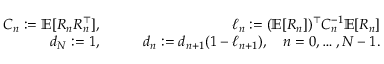
\begin{array} { r l r } { C _ { n } : = \mathbb { E } [ R _ { n } R _ { n } ^ { \top } ] , } & { \quad } & { \ell _ { n } : = ( \mathbb { E } [ R _ { n } ] ) ^ { \top } C _ { n } ^ { - 1 } \mathbb { E } [ R _ { n } ] } \\ { d _ { N } : = 1 , } & { \quad } & { d _ { n } : = d _ { n + 1 } ( 1 - \ell _ { n + 1 } ) , \quad n = 0 , \ldots , N - 1 . } \end{array}